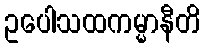
ဥပေါသထကမ္မာနီတိ